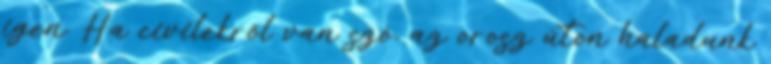
igen. Ha civilekről van szó, az orosz úton haladunk